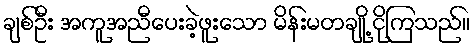
ချစ်ဦး အကူအညီပေးခဲ့ဖူးသော မိန်းမတချို့ ငိုကြသည်။